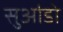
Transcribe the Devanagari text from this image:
सुआंडो